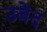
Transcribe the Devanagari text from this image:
उबेद